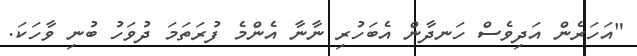
"އަހަރެން އަދިވެސް ހަނދާން އެބަހުރި ނާނާ އެންމެ ފުރަތަމަ ދުވަހު ބުނި ވާހަކަ.